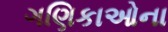
ગણિકાઓના